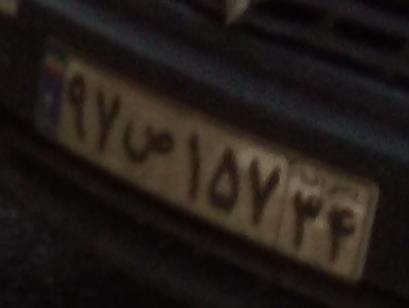
۹۷ص۱۵۷۳۴